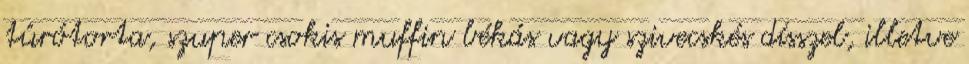
túrótorta, szuper csokis muffin békás vagy szivecskés dísszel, illetve